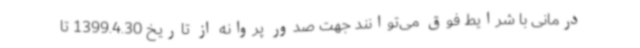
درمانی با شرایط فوق می‌توانند جهت صدور پروانه از تاریخ 1399.4.30 تا